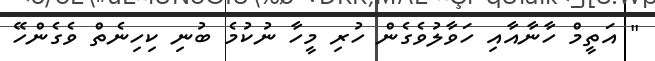
" އަތީމް ހާނާއާއި ހަވާލުވެގެން ހުރި މީހާ ނުކުމެ ބުނި ކިހިނެތް ވެގެންހޭ